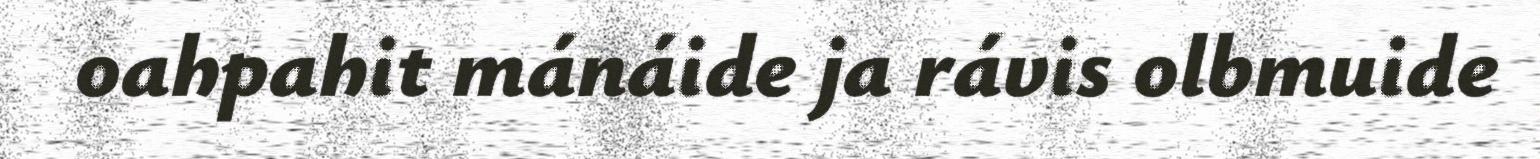
oahpahit mánáide ja rávis olbmuide